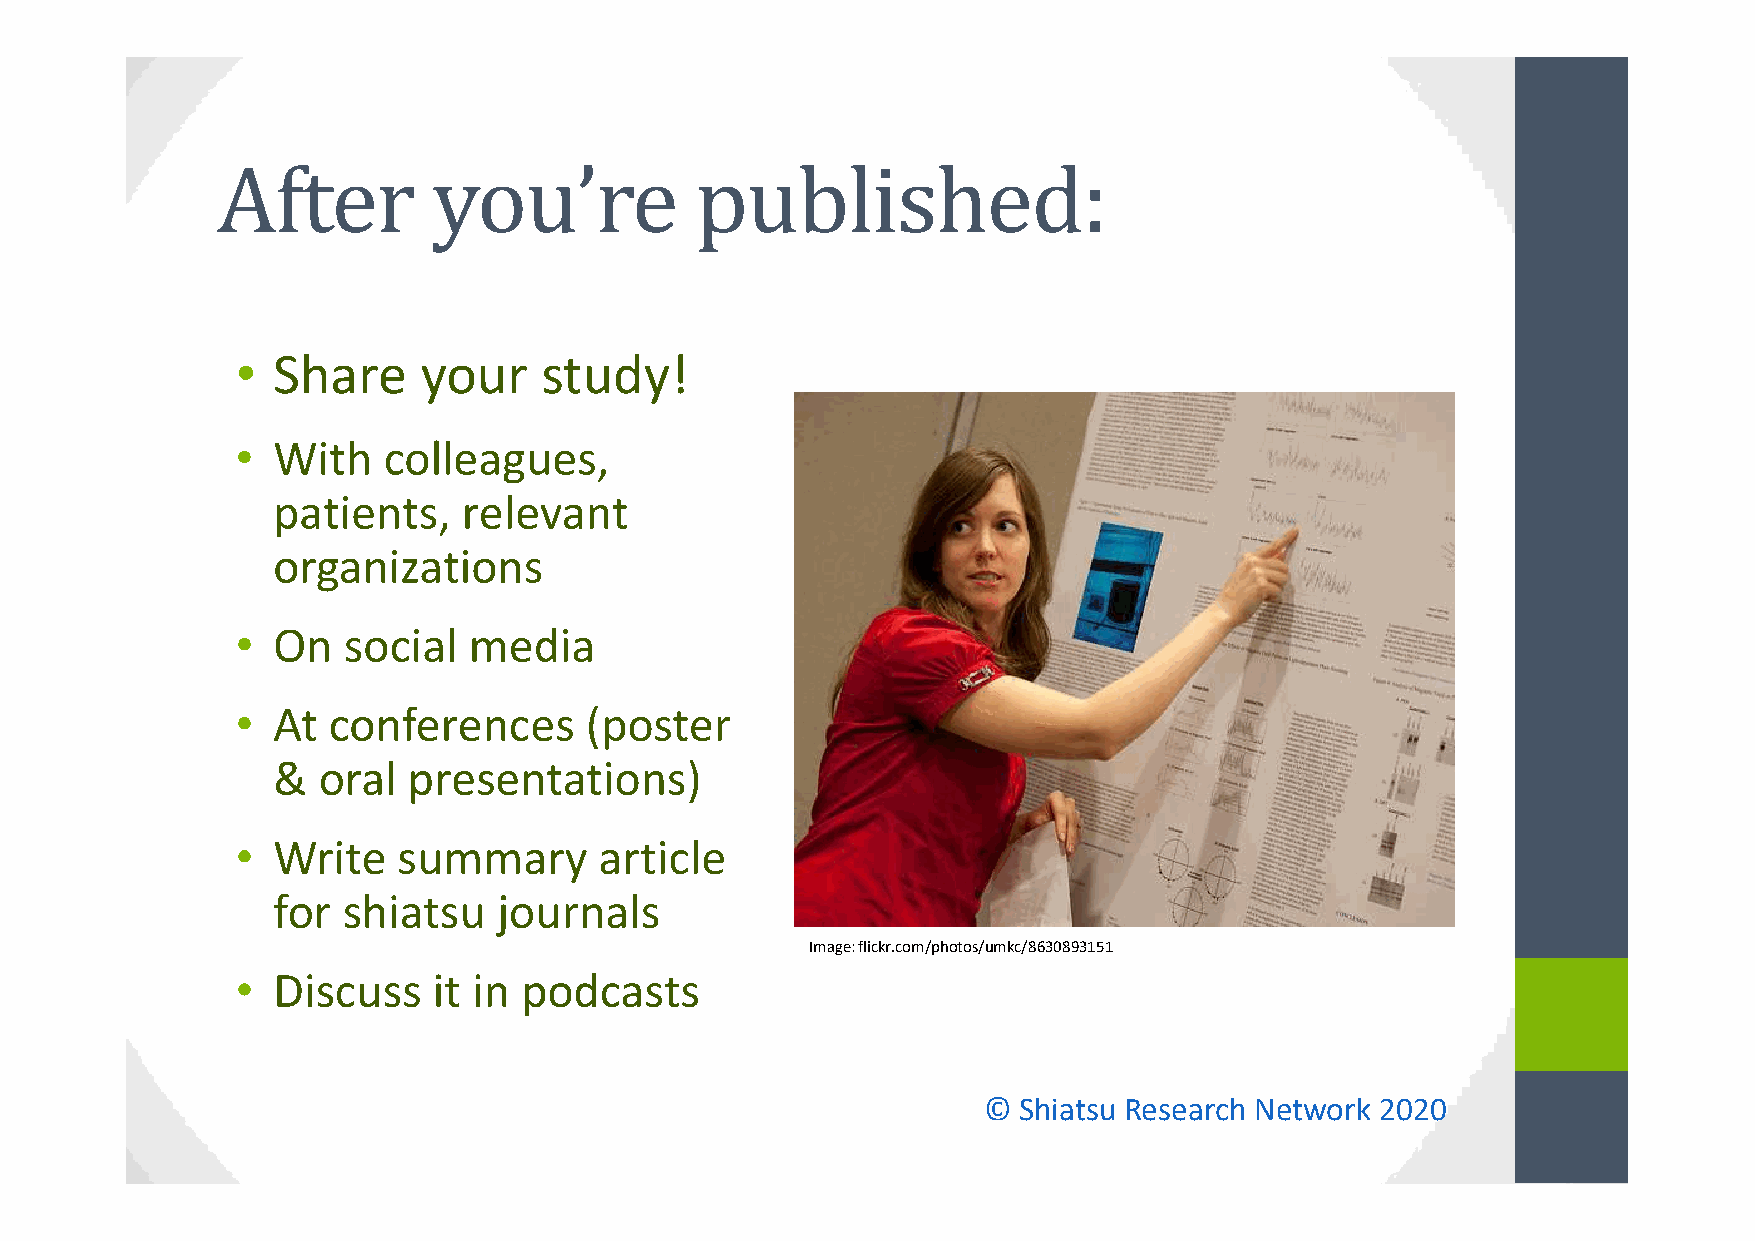
• Share     your    study!
 • With   colleagues,
 patients,    relevant
 organizations
 • On   social  media
 • At  conferences      (poster
 &  oral  presentations)
 • Write   summary       article
 for  shiatsu   journals
 Image: flickr.com/photos/umkc/8630893151
 • Discuss    it in podcasts
 © Shiatsu Research Network 2020